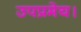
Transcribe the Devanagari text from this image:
उपप्रमेय।